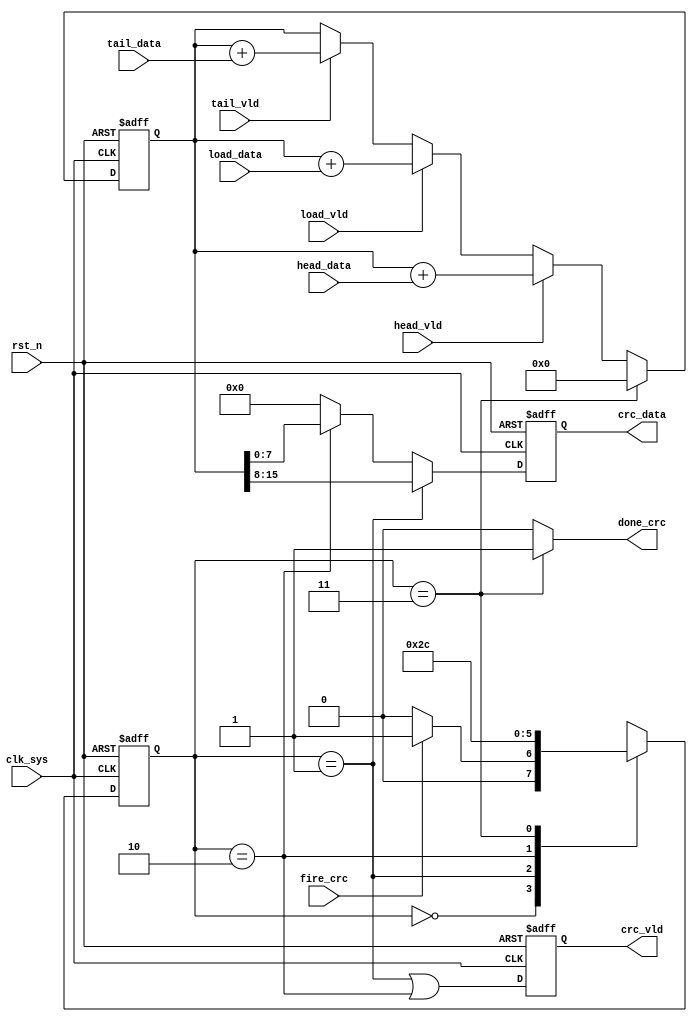
//pack_crc.v

module pack_crc(
fire_crc,
done_crc,
//data path
head_data,
head_vld,
load_data,
load_vld,
tail_data,
tail_vld,
crc_data,
crc_vld,
//clk rst
clk_sys,
rst_n
);
input		fire_crc;
output	done_crc;
//data path
input [7:0]	head_data;
input				head_vld;
input [7:0]	load_data;
input				load_vld;
input [7:0]	tail_data;
input				tail_vld;
output [7:0]	crc_data;
output				crc_vld;
//clk rst
input clk_sys;
input rst_n;
//----------------------------------------
//----------------------------------------


//---------- FSM ------------
parameter S_IDLE = 2'h0;
parameter S_PUSH = 2'h1;
parameter S_PUSH2= 2'h2;
parameter S_DONE = 2'h3;
reg [1:0] st_pack_crc;
always @(posedge clk_sys or negedge rst_n)	begin
	if(~rst_n)
		st_pack_crc <= S_IDLE;
	else begin
		case(st_pack_crc)
			S_IDLE : st_pack_crc <= fire_crc ? S_PUSH : S_IDLE;
			S_PUSH : st_pack_crc <= S_PUSH2;
			S_PUSH2: st_pack_crc <= S_DONE;
			S_DONE : st_pack_crc <= S_IDLE;
			default : st_pack_crc <= S_IDLE;
		endcase
	end
end


//----------control signal ------------
wire done_crc = (st_pack_crc == S_DONE) ? 1'b1 : 1'b0;


//---------- output crc data -----------
reg [15:0] crc;
always @ (posedge clk_sys or negedge rst_n)	begin
	if(~rst_n)
		crc <= 16'h0;
	else if(st_pack_crc == S_DONE) 
		crc <= 16'h0;
	else if(head_vld)
		crc <= crc + {8'h0,head_data};
	else if(load_vld)
		crc <= crc + {8'h0,load_data};
	else if(tail_vld)
		crc <= crc + {8'h0,tail_data};
	else ;
end

reg [7:0] crc_data;
reg				crc_vld;
always @ (posedge clk_sys or negedge rst_n)	begin
	if(~rst_n)
		crc_data <= 8'h0;
	else if(st_pack_crc == S_PUSH)
		crc_data <= crc[15:8];
	else if(st_pack_crc == S_PUSH2)
		crc_data <= crc[7:0];
	else 
		crc_data <= 8'h0;
end
always @ (posedge clk_sys or negedge rst_n)	begin
	if(~rst_n)
		crc_vld <= 1'h0;
	else 
		crc_vld <= (st_pack_crc == S_PUSH) | (st_pack_crc == S_PUSH2);
end

endmodule